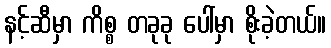
နင့်ဆီမှာ ကိစ္စ တခုခု ပေါ်မှာ စိုးခဲ့တယ်။